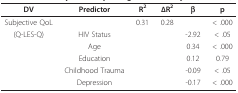
| DV | Predictor | R2 | ΔR2 | β | p |
 | --- | --- | --- | --- | --- | --- |
 | Subjective QoL |  | 0.31 | 0.28 |  | < .000 |
 | (Q-LES-Q) | HIV Status |  |  | -2.92 | < .05 |
 |  | Age |  |  | 0.34 | < .000 |
 |  | Education |  |  | 0.12 | 0.79 |
 |  | Childhood Trauma |  |  | -0.09 | < .05 |
 |  | Depression |  |  | -0.17 | < .000 |